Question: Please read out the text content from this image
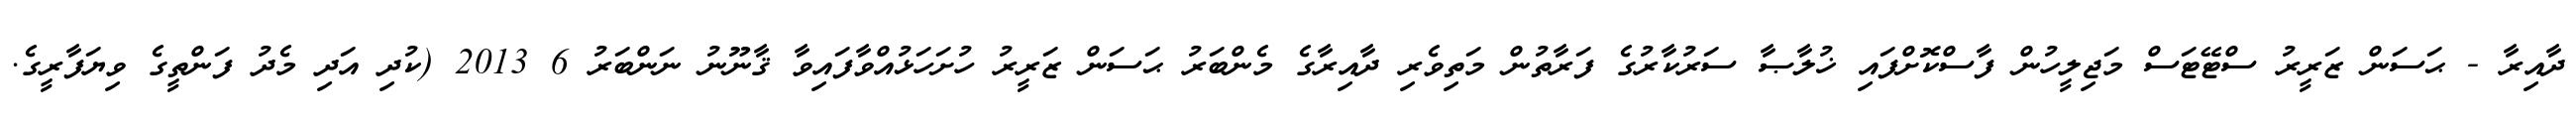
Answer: ދާއިރާ - ޙަސަން ޒަރީރު ސްޓޭޓަސް މަޖިލީހުން ފާސްކޮށްފައި ޚުލާޞާ ސަރުކާރުގެ ފަރާތުން މަތިވެރި ދާއިރާގެ މެންބަރު ޙަސަން ޒަރީރު ހުށަހަޅުއްވާފައިވާ ޤާނޫނު ނަންބަރު 6 2013 (ކުދި އަދި މެދު ފަންތީގެ ވިޔަފާރީގެ.